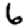
Digit: 6